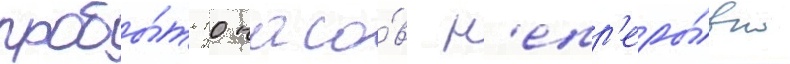
пробы́ть 10 часо́в н'епр'еры́вно